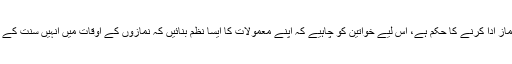
عورت کے لیے گھر کے اندرونی حصے میں نماز ادا کرنے کا حکم ہے، اس لیے خواتین کو چاہیے کہ اپنے معمولات کا ایسا نظم بنائیں کہ نمازوں کے اوقات میں انہیں سنت کے مطابق نماز کی ادائیگی میں مشکل پیش نہ آئے۔